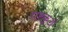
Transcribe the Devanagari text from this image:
राष्टकूटों